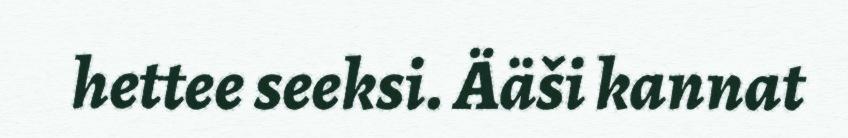
hettee seeksi. Ääši kannat